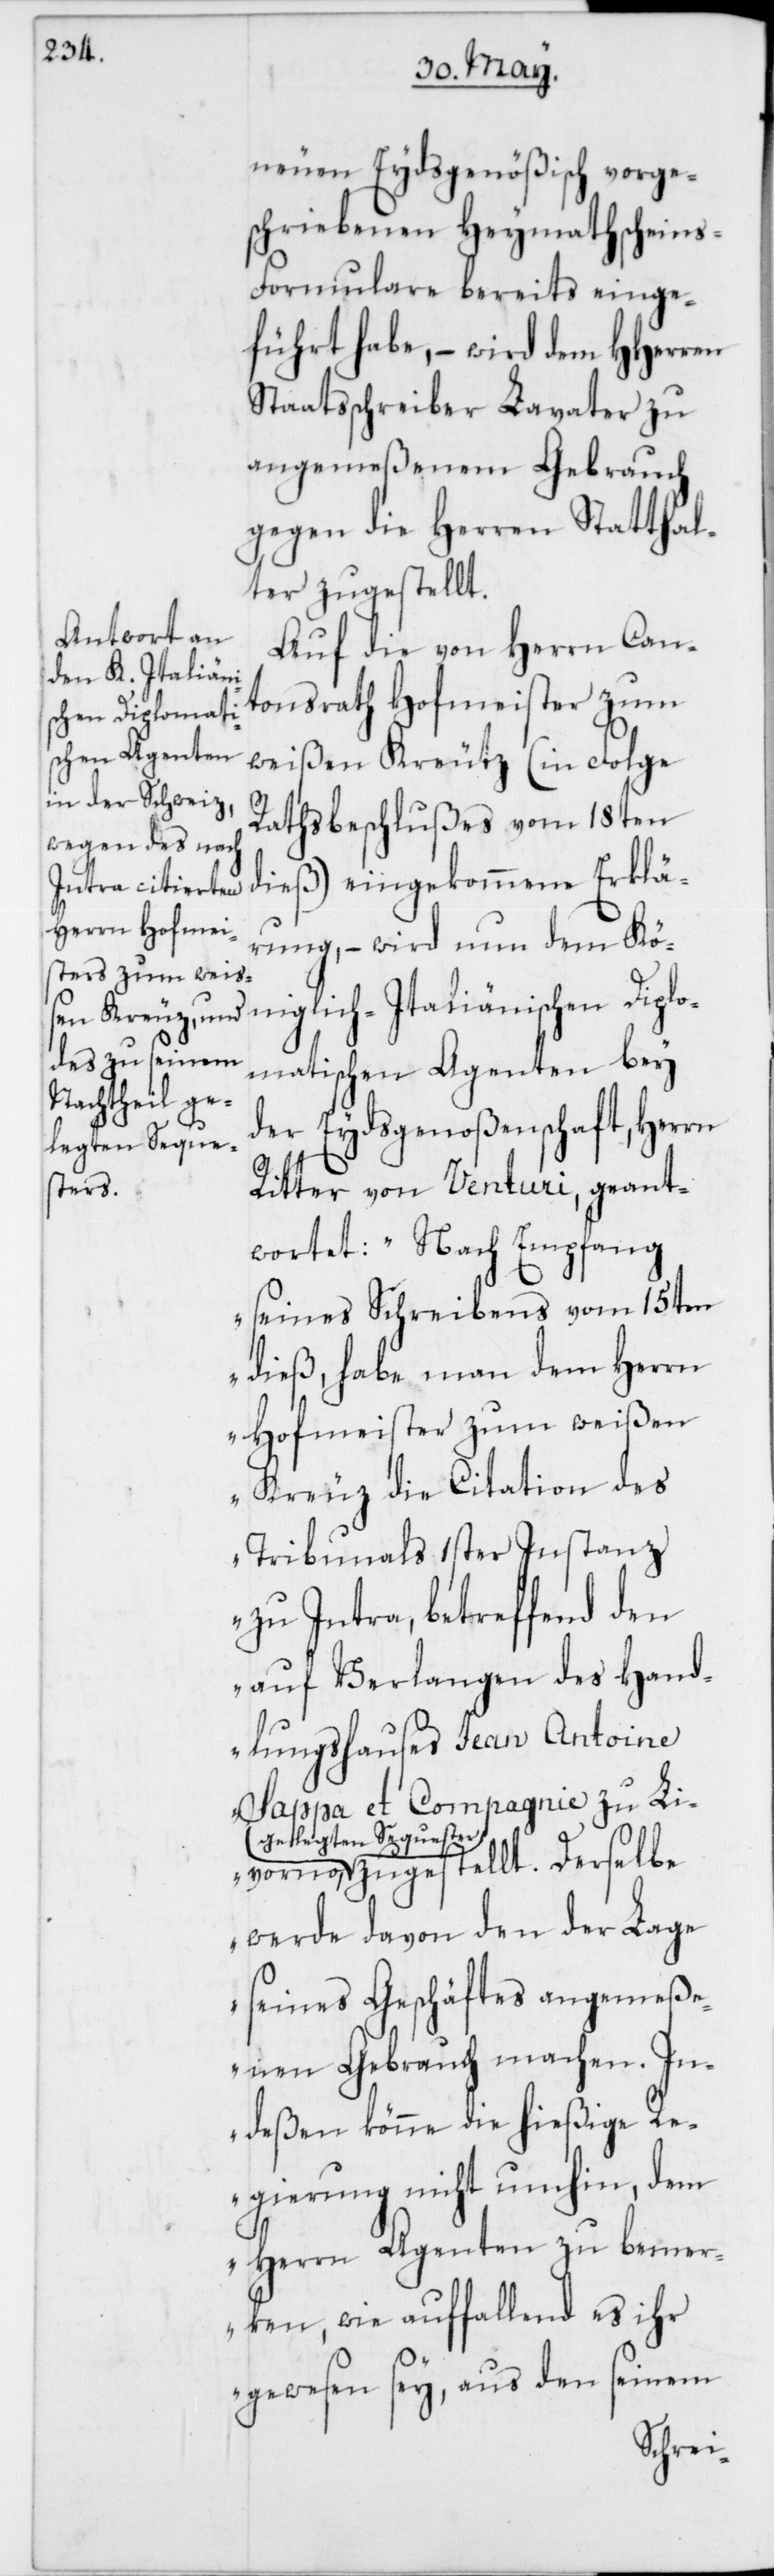
vorno

neuen Eydsgenößisch vorge¬
schriebenen Heymathscheins-F¬
ormulare bereits einge¬
führt habe, – wird dem HHerren
Staatsschreiber Lavater zu
angemeßenem Gebrauch
gegen die Herren Statthal¬
ter zugestellt.
Auf die von Herrn Can¬
tonsrath Hofmeister zum
Rathsbeschlußes vom 18ten
dieß) eingekommene Erklä¬
rung, – wird nun dem Kön¬
iglich-Italiänischen Dipl¬
omatischen Agenten bey
der Eydsgenoßenschaft, Herrn
Ritter von Venturi, geant¬
wortet: „Nach Empfang
seines Schreibens vom 15ten
dieß, habe man dem Herrn
Hofmeister zum weißen
Kreuz die Citation des
Tribunals 1ster Instanz
zu Intra, betreffend den
auf Verlangen des Hand¬
lungshauses Jean Antoine
Sappa et Compagnie zu Li¬
a-gelegten Sequeste¬
r-a zugestellt. Derselbe
werde davon den der Lage
seines Geschäftes angemeße¬
nen Gebrauch machen. In¬
deßen könne die hießige Re¬
gierung nicht umhin, dem
Herrn Agenten zu bemer¬
ken, wie auffallend es ihr
gewesen sey, aus den seinem